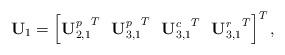
LaTeX: \begin{align*}&{\bf U}_1=\left[{{\bf U}_{2,1}^p}^T~~{{\bf U}_{3,1}^p}^T~~{{\bf U}_{3,1}^c}^T~~{{\bf U}_{3,1}^r}^T\right]^T,\end{align*}